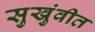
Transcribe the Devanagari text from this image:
सुखुंवीत